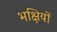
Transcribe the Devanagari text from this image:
भक्षियों